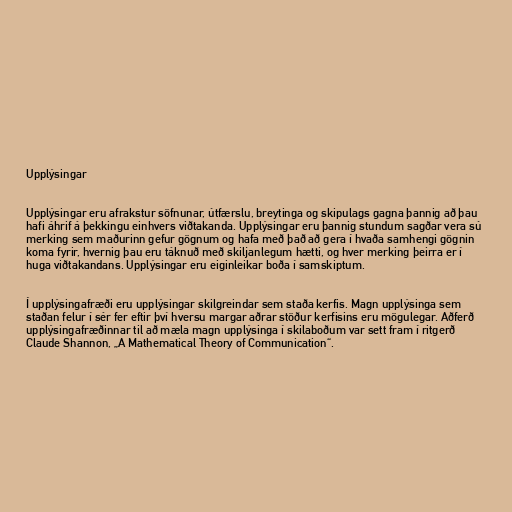
Upplýsingar

Upplýsingar eru afrakstur söfnunar, útfærslu, breytinga og skipulags gagna þannig að þau
hafi áhrif á þekkingu einhvers viðtakanda. Upplýsingar eru þannig stundum sagðar vera sú
merking sem maðurinn gefur gögnum og hafa með það að gera í hvaða samhengi gögnin
koma fyrir, hvernig þau eru táknuð með skiljanlegum hætti, og hver merking þeirra er í
huga viðtakandans. Upplýsingar eru eiginleikar boða í samskiptum.

Í upplýsingafræði eru upplýsingar skilgreindar sem staða kerfis. Magn upplýsinga sem
staðan felur í sér fer eftir því hversu margar aðrar stöður kerfisins eru mögulegar. Aðferð
upplýsingafræðinnar til að mæla magn upplýsinga í skilaboðum var sett fram í ritgerð
Claude Shannon, „A Mathematical Theory of Communication“.